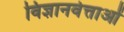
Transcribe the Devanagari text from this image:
विज्ञानवेत्ताओं